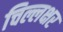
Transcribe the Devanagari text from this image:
चिल्लक्षर